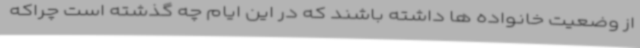
از وضعیت خانواده ها داشته باشند که در این ایام چه گذشته است چراکه